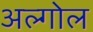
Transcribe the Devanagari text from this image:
अल्गोल